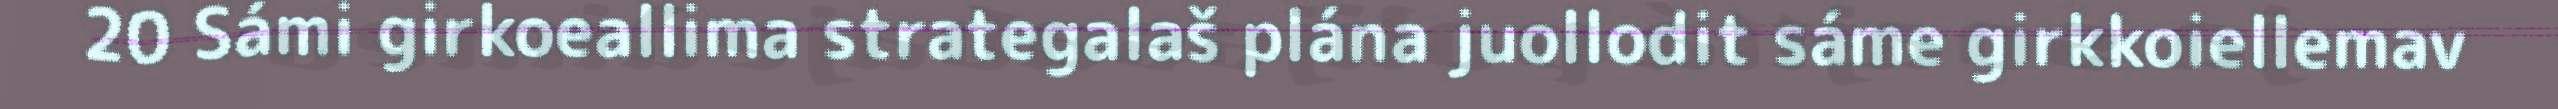
20 Sámi girkoeallima strategalaš plána juollodit sáme girkkoiellemav